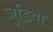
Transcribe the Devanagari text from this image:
जूडियो